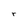
Character: r